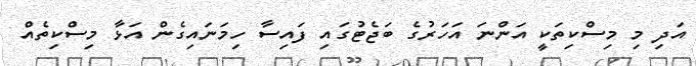
އަދި މި މިސްކިތަކީ އަންނަ އަހަރުގެ ބަޖެޓުގައި ފައިސާ ހިމަނައިގެން އަޅާ މިސްކިތެއް